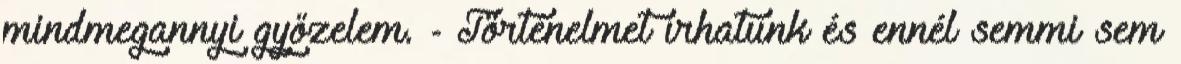
mindmegannyi győzelem. - Történelmet írhatunk és ennél semmi sem